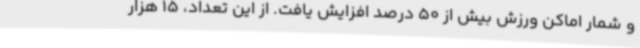
و شمار اماکن ورزش بیش از 50 درصد افزایش یافت. از این تعداد، 15 هزار